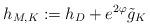
LaTeX: \begin{align*}h_{M,K} := h_D + e^{2 \varphi} \Tilde g_K\end{align*}